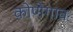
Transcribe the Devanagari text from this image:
कोणेगाव